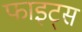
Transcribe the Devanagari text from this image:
फाइट्स